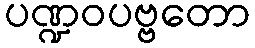
ပဏ္ဍဝပဗ္ဗတော